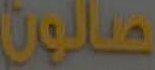
صالون